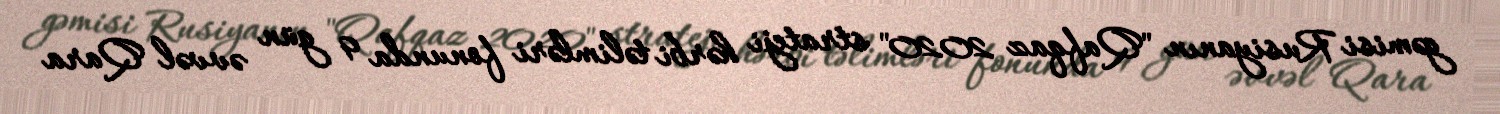
gəmisi Rusiyanın "Qafqaz 2020" strateji hərbi təlimləri fonunda 9 gün əvvəl Qara